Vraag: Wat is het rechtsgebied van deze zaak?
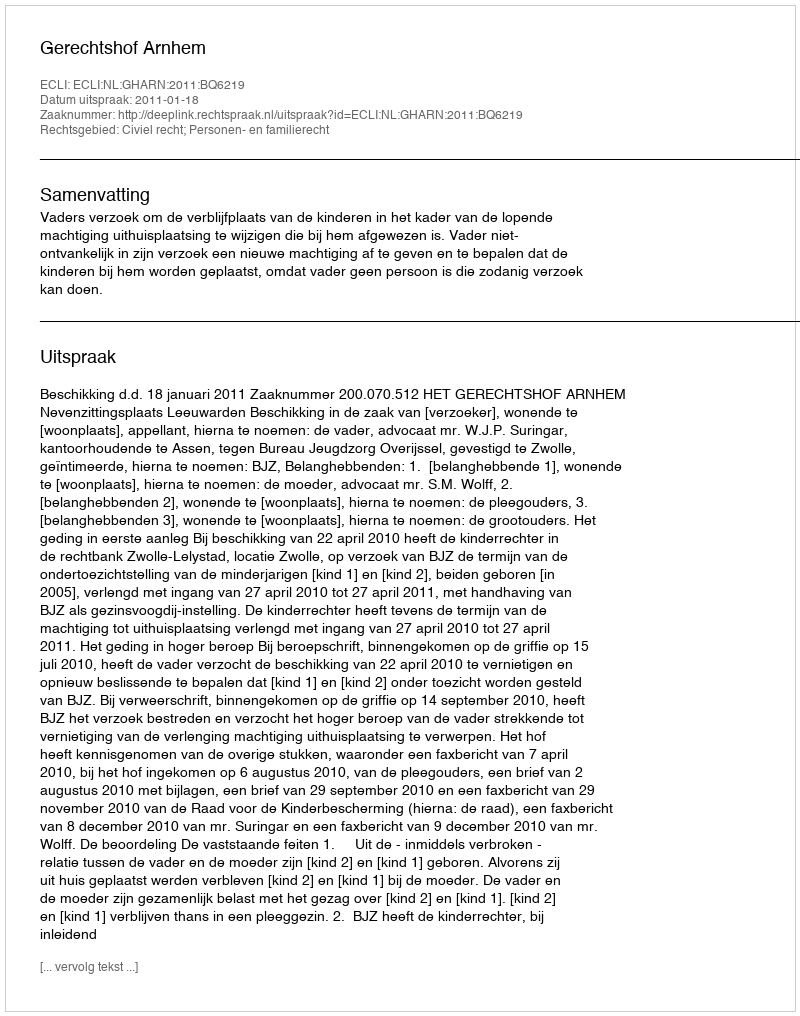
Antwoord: Civiel recht; Personen- en familierecht